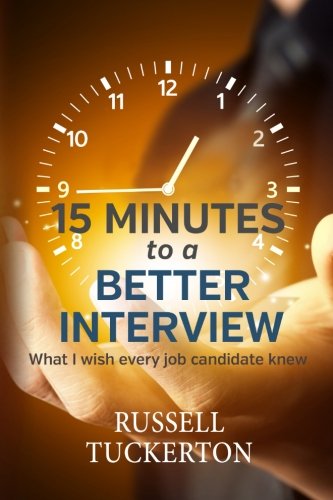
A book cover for What I Wish EVERY Job Candidate Knew: 15 Minutes to a Better Interview; Russell Tuckerton; Business & Money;